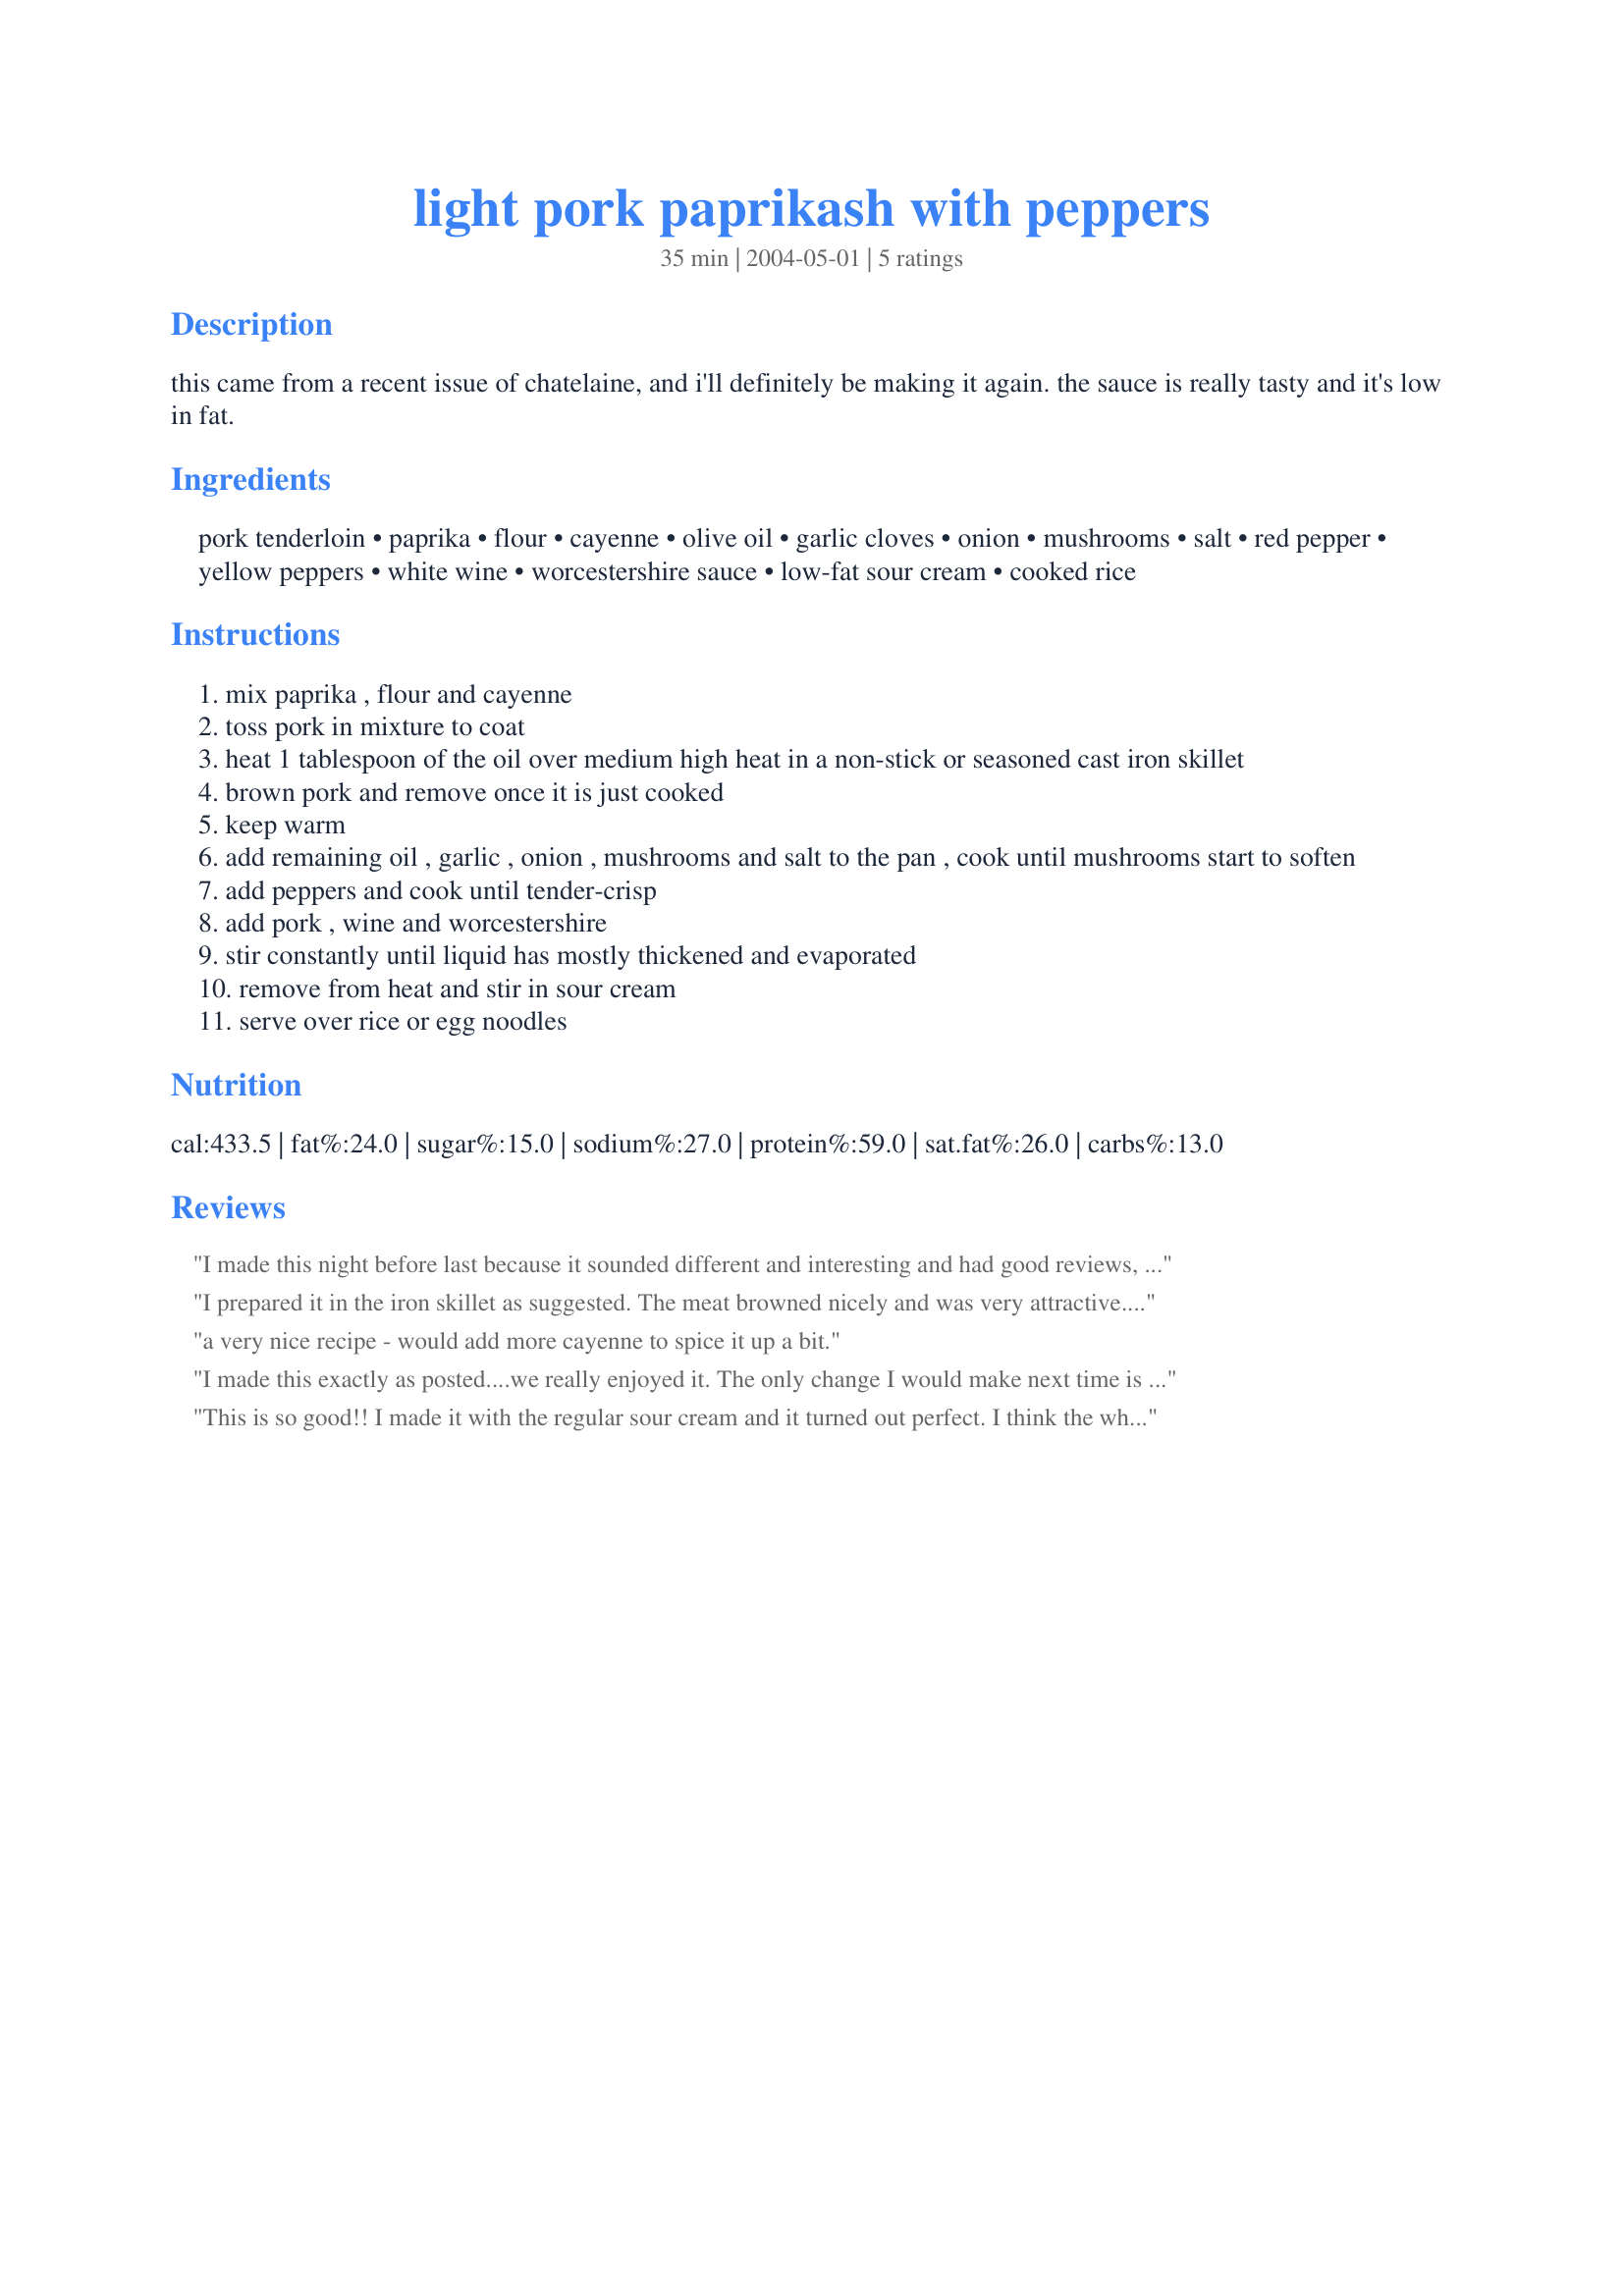
light pork paprikash with peppers
Preparation time: 35 minutes

this came from a recent issue of chatelaine, and i'll definitely be making it again. the sauce is really tasty and it's low in fat.

Ingredients:
pork tenderloin, paprika, flour, cayenne, olive oil, garlic cloves, onion, mushrooms, salt, red pepper, yellow peppers, white wine, worcestershire sauce, low-fat sour cream, cooked rice

Steps:
mix paprika , flour and cayenne
toss pork in mixture to coat
heat 1 tablespoon of the oil over medium high heat in a non-stick or seasoned cast iron skillet
brown pork and remove once it is just cooked
keep warm
add remaining oil , garlic , onion , mushrooms and salt to the pan , cook until mushrooms start to soften
add peppers and cook until tender-crisp
add pork , wine and worcestershire
stir constantly until liquid has mostly thickened and evaporated
remove from heat and stir in sour cream
serve over rice or egg noodles

Reviews:
I made this night before last because it sounded different and interesting and had good reviews, but most importantly it would use up some leftovers I had on hand before they went bad. I used what I had on hand - 2 thin boneless pork chops, 2 large garlic cloves, 3/4 white onion, 2 white mushrooms (which I sliced), 1/2 yellow pepper and 1/2 red pepper (I dioed large), chicken boullion cube/water, and because I can't eat dairy, Tofutti Sour Supreme (but due to high fat content, I used only 2 tsps worth). Bf and I both thought this was just OK. The color on this dish was really pretty though. I used the full sauce recipe and the full amts for the coating mixture, and the rest just whatever I had on hand. It made a large helping for 2 people and the sauce was just right to keep everything moist and give flavor to the white rice I served it with. I just don't think my bf and I are so fond of paprika that we really enjoyed this. I did use 2 pinches of cayenne and the heat came through nicely, but in general this just didn't suit our tastes. Sorry, but I probably won't make this again, although it was still good and a good way to use up leftovers. Thanks, Pippy. :)
I prepared it in the iron skillet as suggested. The meat browned nicely and was very attractive. This recipe is easy to fix and makes a nice presentation. I was a bit disappointed with the flavor. I doubled the amount of Worcestershire sauce and used a pinch more of cayenne. It was still missing something. Next go around I may add some red ground pepper to spice it up a bit. Thanks for posting.
a very nice recipe - would add more cayenne to spice it up a bit.
I made this exactly as posted....we really enjoyed it. The only change I would make next time is to use a little less meat. As with most stir-fry preparations, you can get away with less.
This is so good!! I made it with the regular sour cream and it turned out perfect. I think the white wine really is the kicker on this one. I also doubled the meat but not the coating and it was still plenty to cover the meat. I don't think this dish is meant to be "spicy" it has a real nice flavor that is suitable for anyone.
